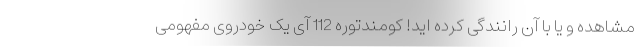
مشاهده و یا با آن رانندگی کرده اید! کومندتوره 112 آی یک خودروی مفهومی